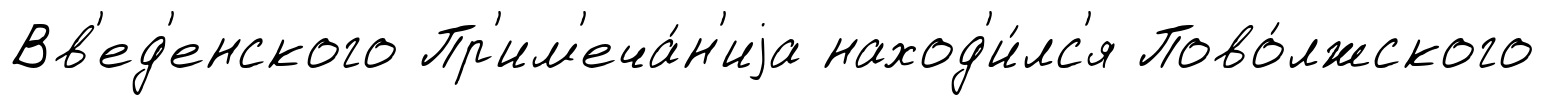
Вв'ед'енского Пр'им'еча́н'иjа наход'и́лс'я Пово́лжского